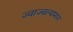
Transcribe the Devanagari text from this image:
ज्वाज्वल्यमान